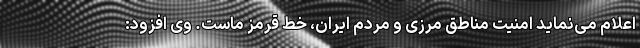
اعلام می‌نماید امنیت مناطق مرزی و مردم ایران، خط قرمز ماست. وی افزود: